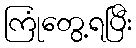
ကြုံတွေ့ရပြီး